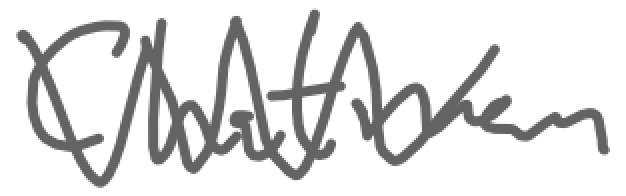
Text: Chatman
Cross-out: zig-zag
Writing tool: digital_gray